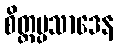
စိတ္တပ္ပသာဒေန